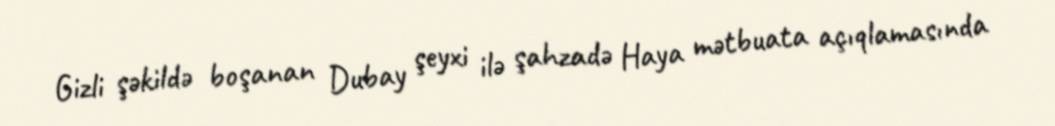
Gizli şəkildə boşanan Dubay şeyxi ilə şahzadə Haya mətbuata açıqlamasında